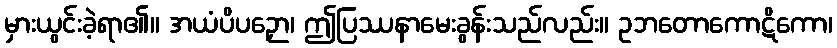
မှားယွင်းခဲ့ရာ၏။ အယံပိပဉှော၊ ဤပြဿနာမေးခွန်းသည်လည်း။ ဥဘတောကောဋိကော၊